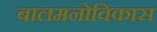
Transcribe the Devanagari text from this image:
बालमनोविकास